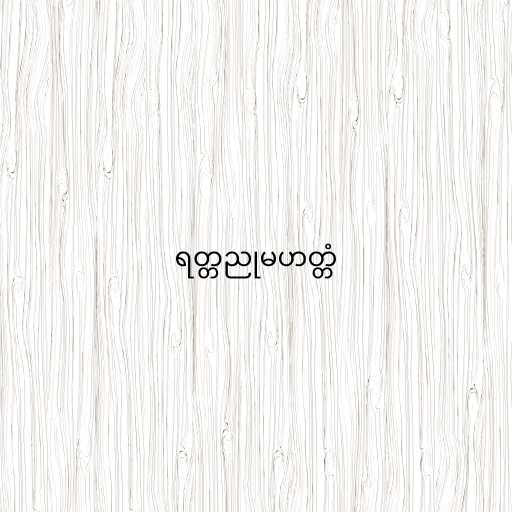
ရတ္တညုမဟတ္တံ